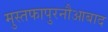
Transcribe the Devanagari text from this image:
मुस्तफापुरनौआबाद